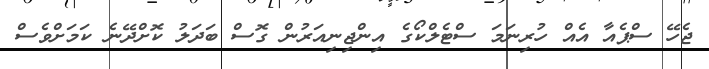
ޖެހޭ ސްޕެއާ އެއް ހުރިނަމަ ސްޓެލްކޯގެ އިންޖިނިއަރުން ގޮސް ބަދަލު ކޮށްދޭނެ ކަމަށްވެސް